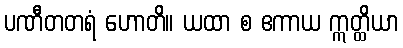
ပဏီတတရံ ဟောတိ။ ယထာ စ ဧကာယ ဣတ္ထိယာ